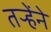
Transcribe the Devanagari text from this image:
तऱ्हेंने